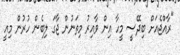
"ރާއްޖެއަށް ބިދޭސީ މީހާ އިން ވާއިރު މިތަނުން ޖާގަ ލިބެން ހުރުން މިއީ